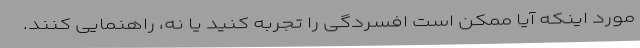
مورد اینکه آیا ممکن است افسردگی را تجربه کنید یا نه، راهنمایی ‌کنند.